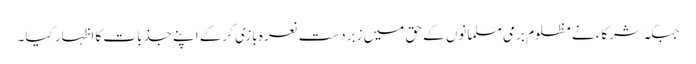
جبکہ شرکاء نے مظلوم برمی مسلمانوں کے حق میں زبردست نعرہ بازی کرکے اپنے جذبات کا اظہار کیا۔